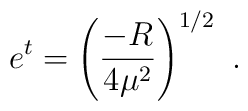
e^t=\left(\frac{-R}{4\mu^2}\right)^{1/2}~.